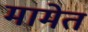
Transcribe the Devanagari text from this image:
मामेत